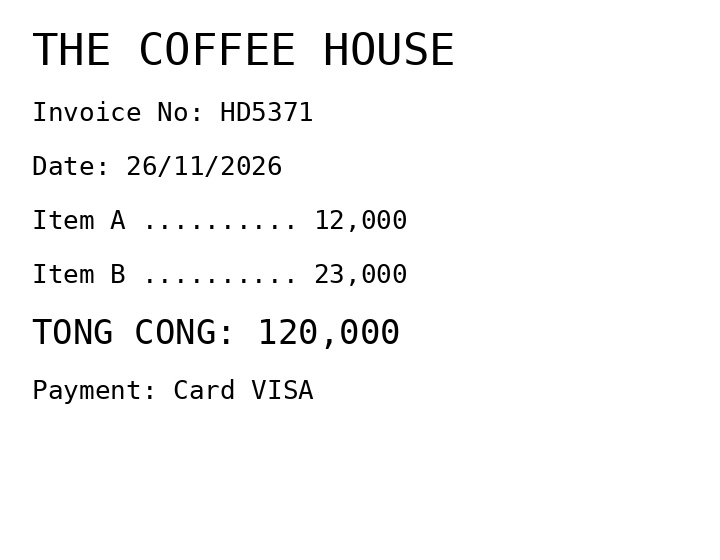
THE COFFEE HOUSE
Invoice No: HD5371
Date: 26/11/2026
Item A .......... 12,000
Item B .......... 23,000
TONG CONG: 120,000
Payment: Card VISA
Merchant: the coffee house
Date: 2026-11-26
Total: 120000
Invoice No: HD5371
Payment method: CARD